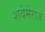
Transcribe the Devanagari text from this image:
शबेमेराज